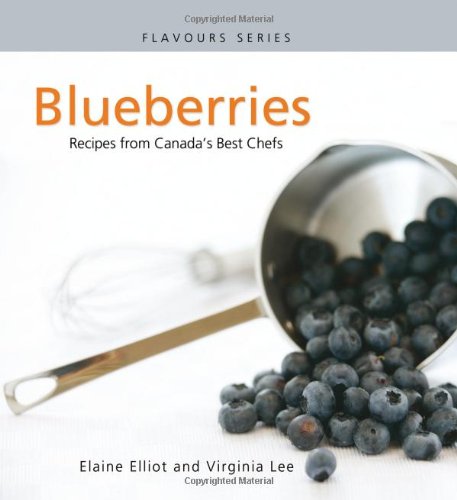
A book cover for Blueberries: Recipes from Canada's Best Chefs (Flavours Cookbook); Elaine Elliot; Cookbooks, Food & Wine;